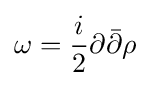
\omega ={\frac {i}{2}}\partial {\bar {\partial }}\rho